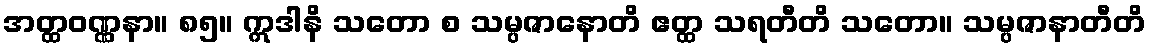
အတ္ထဝဏ္ဏနာ။ ၈၅။ ဣဒါနိ သတော စ သမ္ပဇာနောတိ ဧတ္ထ သရတီတိ သတော။ သမ္ပဇာနာတီတိ